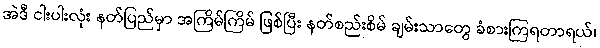
အဲဒီ ငါးပါးလုံး နတ်ပြည်မှာ အကြိမ်ကြိမ် ဖြစ်ပြီး နတ်စည်းစိမ် ချမ်းသာတွေ ခံစားကြရတာရယ်၊